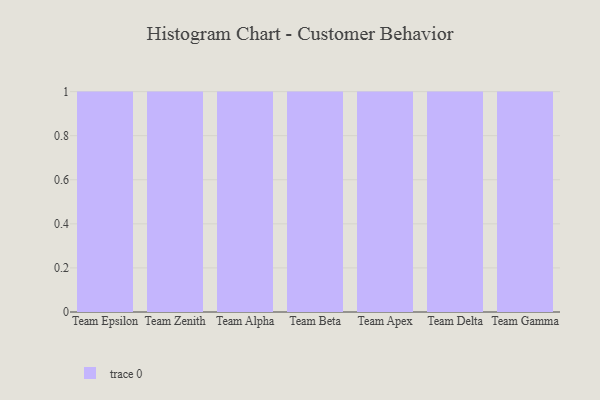
{"axis": {"x": "Team", "y": "Production Output"}, "legend": [""], "data": [{"x": "Team Epsilon", "y": 7, "type": ""}, {"x": "Team Zenith", "y": 11, "type": ""}, {"x": "Team Alpha", "y": 25, "type": ""}, {"x": "Team Beta", "y": 53, "type": ""}, {"x": "Team Apex", "y": 69, "type": ""}, {"x": "Team Delta", "y": 24, "type": ""}, {"x": "Team Gamma", "y": 89, "type": ""}]}